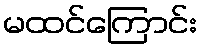
မထင်ကြောင်း